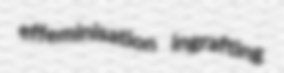
effeminisation ingrafting